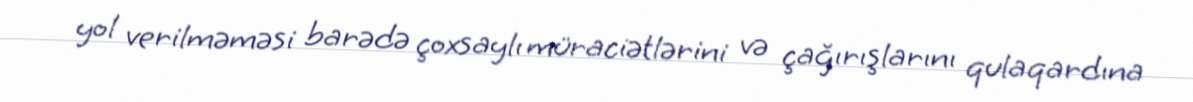
yol verilməməsi barədə çoxsaylı müraciətlərini və çağırışlarını qulaqardına